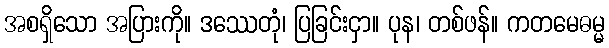
အစရှိသော အပြားကို။ ဒဿေတုံ၊ ပြခြင်းငှာ။ ပုန၊ တစ်ဖန်။ ကတမေဓမ္မ